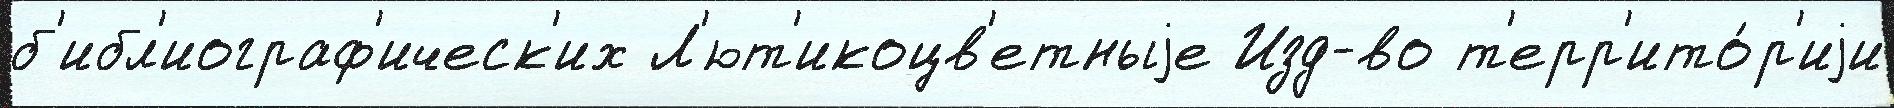
б'ибл'иограф'ическ'их Л'ют'икоцв'етныjе Изд-во т'ерр'ито́р'иjи